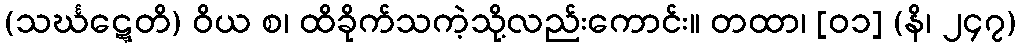
(သင်္ဃဋ္ဋေတိ) ဝိယ စ၊ ထိခိုက်သကဲ့သို့လည်းကောင်း။ တထာ၊ [၀၁] (နိ၊ ၂၄၇)